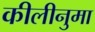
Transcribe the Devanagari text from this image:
कीलीनुमा